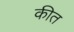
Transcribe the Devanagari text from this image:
कीत